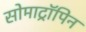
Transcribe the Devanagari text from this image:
सोमाट्रॉपिन